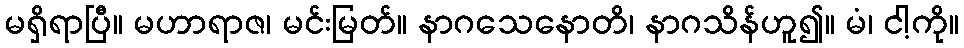
မရှိရာပြီ။ မဟာရာဇ၊ မင်းမြတ်။ နာဂသေနောတိ၊ နာဂသိန်ဟူ၍။ မံ၊ ငါ့ကို။